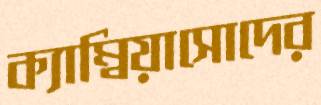
ক্যাম্বিয়াসোদের